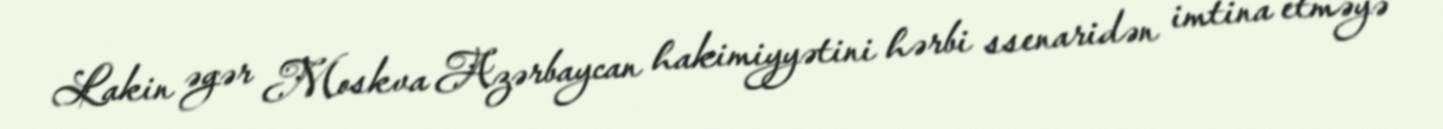
Lakin əgər Moskva Azərbaycan hakimiyyətini hərbi ssenaridən imtina etməyə